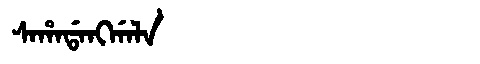
Manchu: ᠰᠠᡥᠠᡩᠠᠩᡤᠠᠯᠠ
Romanization: SAHADANGGALA